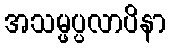
အသမ္ဖပ္ပလာပိနာ